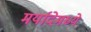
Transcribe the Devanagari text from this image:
मर्यादेमध्ये